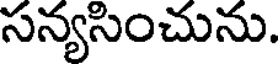
సన్యసించును.